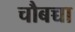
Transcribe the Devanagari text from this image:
चौबच्चा